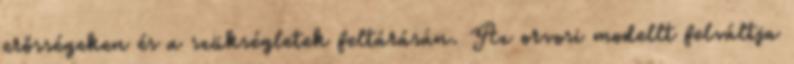
erősségeken és a szükségletek feltárásán. Az orvosi modellt felváltja